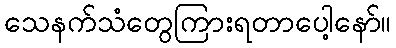
သေနက်သံတွေကြားရတာပေါ့နော်။